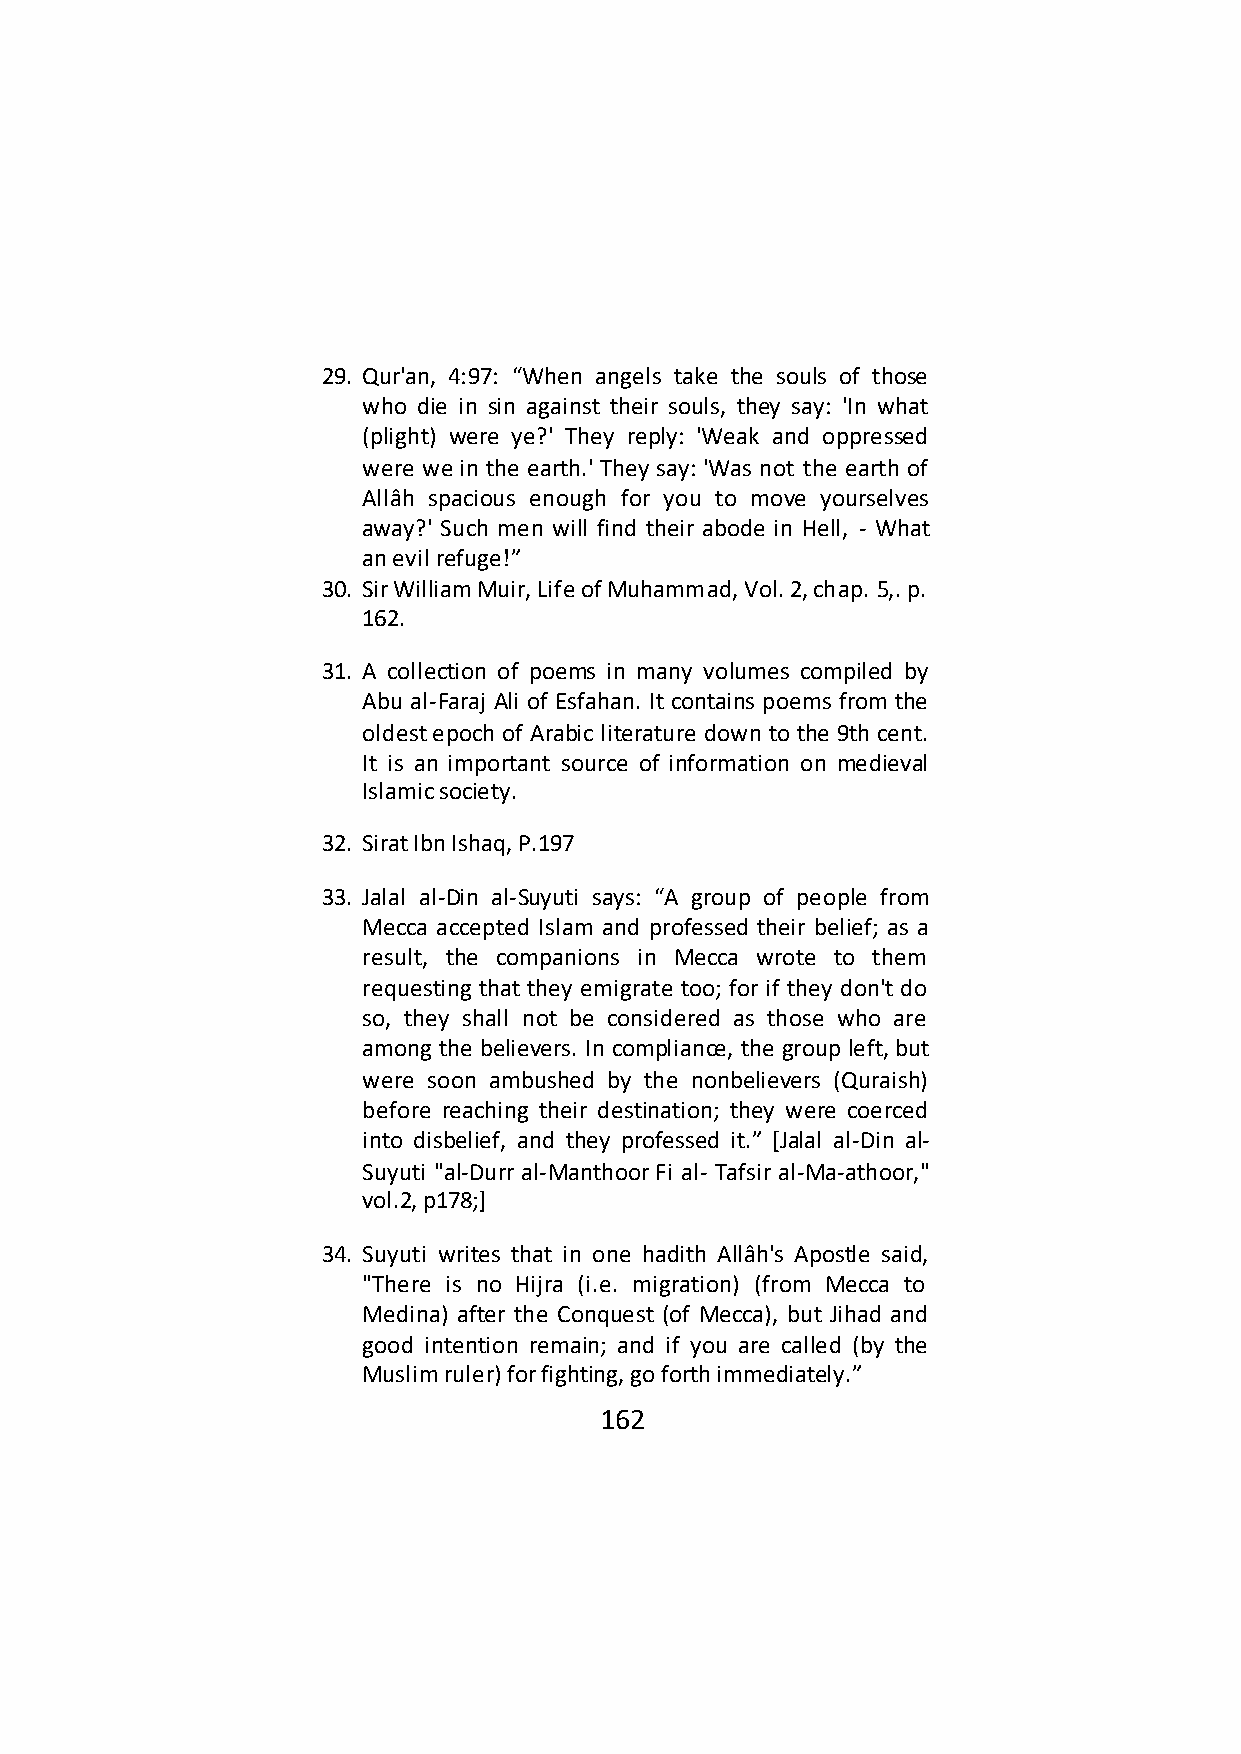
29. Qur'an, 4:97: “When angels take the souls of those
 who die in sin against their souls, they say: 'In what
 (plight) were ye?' They reply: 'Weak and oppressed
 were we in the earth.' They say: 'Was not the earth of
 Allâh spacious enough for you to move yourselves
 away?' Such men will find their abode in Hell, - What
 an evil refuge!”
 30. Sir William Muir, Life of Muhammad, Vol. 2, chap. 5,. p.
 162.
 31. A collection of poems in many volumes compiled by
 Abu al-Faraj Ali of Esfahan. It contains poems from the
 oldest epoch of Arabic literature down to the 9th cent.
 It is an important source of information on medieval
 Islamic society.
 32. Sirat Ibn Ishaq, P.197
 33. Jalal al-Din al-Suyuti says: “A group of people from
 Mecca accepted Islam and professed their belief; as a
 result, the companions in Mecca wrote to them
 requesting that they emigrate too; for if they don't do
 so, they shall not be considered as those who are
 among the believers. In compliance, the group left, but
 were soon ambushed by the nonbelievers (Quraish)
 before reaching their destination; they were coerced
 into disbelief, and they professed it.” *Jalal al-Din al-
 Suyuti "al-Durr al-Manthoor Fi al- Tafsir al-Ma-athoor,"
 vol.2, p178;]
 34. Suyuti writes that in one hadith Allâh's Apostle said,
 "There is no Hijra (i.e. migration) (from Mecca to
 Medina) after the Conquest (of Mecca), but Jihad and
 good intention remain; and if you are called (by the
 Muslim ruler) for fighting, go forth immediately.”
 162